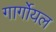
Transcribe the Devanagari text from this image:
गार्गोयल